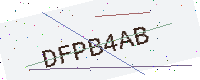
Text: DFPB4AB